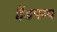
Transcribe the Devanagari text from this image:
हेंडपम्प